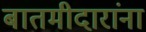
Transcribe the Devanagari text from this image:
बातमीदारांना